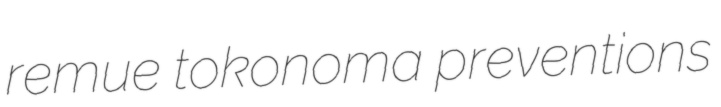
remue tokonoma preventions